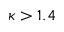
\kappa > 1 . 4